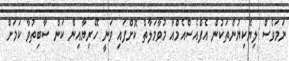
ނަމަވެސް ލިޔެކިޔުންތަކުން އެފްއެސްއެމްއާ މުވާމަލާތް ކޮށްފައި ވަނީ ހޭރިޔާއިން ކަން ސާބިތުވާ ކަމަށް